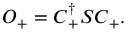
\boldsymbol { O } _ { + } = \boldsymbol { C } _ { + } ^ { \dagger } \boldsymbol { S } \boldsymbol { C } _ { + } .